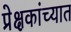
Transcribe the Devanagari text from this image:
प्रेक्षकांच्यात